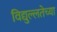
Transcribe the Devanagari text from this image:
विद्युल्लतेच्या